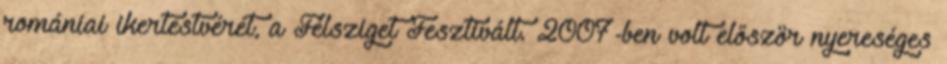
romániai ikertestvérét, a Félsziget Fesztivált. 2007-ben volt először nyereséges